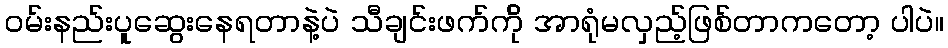
ဝမ်းနည်းပူဆွေးနေရတာနဲ့ပဲ သီချင်းဖက်က်ို အာရုံမလှည့်ဖြစ်တာကတော့ ပါပဲ။